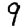
Digit: 9